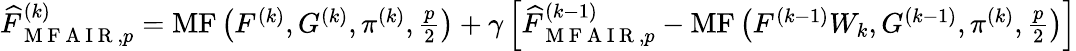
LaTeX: \begin{array}{r}{\widehat{F}_{\mathrm{~M~F~A~I~R~},p}^{(k)}=\operatorname{MF}\left(F^{(k)},G^{(k)},\pi^{(k)},\frac{p}{2}\right)+\gamma\left[\widehat{F}_{\mathrm{~M~F~A~I~R~},p}^{(k-1)}-\operatorname{MF}\left(F^{(k-1)}W_{k},G^{(k-1)},\pi^{(k)},\frac{p}{2}\right)\right]}\end{array}